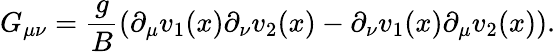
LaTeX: G_{\mu\nu}=\frac{g}{B}(\partial_{\mu}v_{1}(x)\partial_{\nu}v_{2}(x)-\partial_{\nu}v_{1}(x)\partial_{\mu}v_{2}(x)).